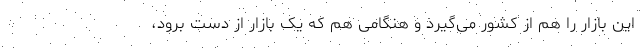
این بازار را هم از کشور می‌گیرد و هنگامی هم که یک بازار از دست برود،